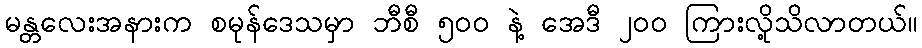
မန္တလေးအနားက စမုန်ဒေသမှာ ဘီစီ ၅ဝဝ နဲ့ အေဒီ ၂ဝဝ ကြားလို့သိလာတယ်။